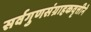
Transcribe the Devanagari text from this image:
सर्वगुणसंग्राहकवृत्तीने